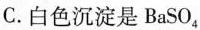
C.白色沉淀是BaSO_{4}